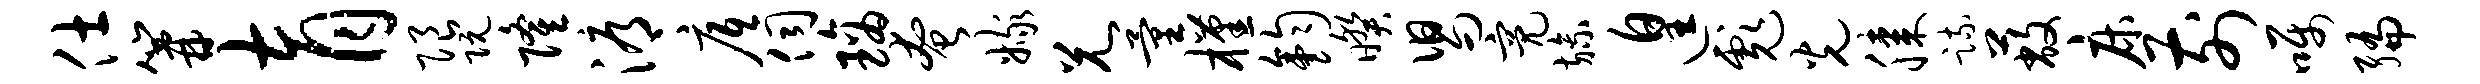
仕篝育限阮隆溽底伺璃奄嫁兄量槿钧暌舄亮旒遑彪光膝疏蔽床前嘱编